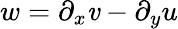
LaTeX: w=\partial_{x}\mathit{v}-\partial_{y}u